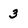
Character: 3